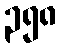
၃၅၈